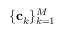
\{ \mathbf { c } _ { k } \} _ { k = 1 } ^ { M }